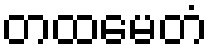
တထမေတံ